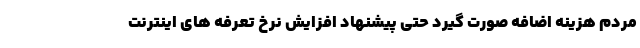
مردم هزینه اضافه صورت گیرد حتی پیشنهاد افزایش نرخ تعرفه های اینترنت